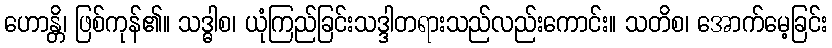
ဟောန္တိ၊ ဖြစ်ကုန်၏။ သဒ္ဓါစ၊ ယုံကြည်ခြင်းသဒ္ဒါတရားသည်လည်းကောင်း။ သတိစ၊ အောက်မေ့ခြင်း